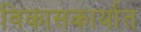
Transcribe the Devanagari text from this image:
विकासकार्यात